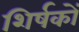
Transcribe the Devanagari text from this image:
शिर्षकों